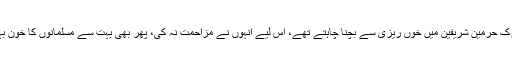
ترک حرمین شریفین میں خوں ریزی سے بچنا چاہتے تھے، اس لیے انہوں نے مزاحمت نہ کی، پھر بھی بہت سے مسلمانوں کا خون بہا۔